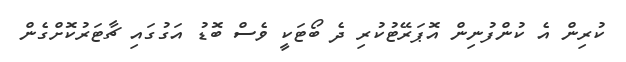
ކުރިން އެ ކުންފުނިން އޮޕަރޭޓުކުރި ދެ ބޯޓަކީ ވެސް ބޮޑު އަގުގައި ޗާޓަރުކޮށްގެން